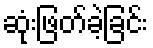
ဆုံးဖြတ်ခဲ့ခြင်း